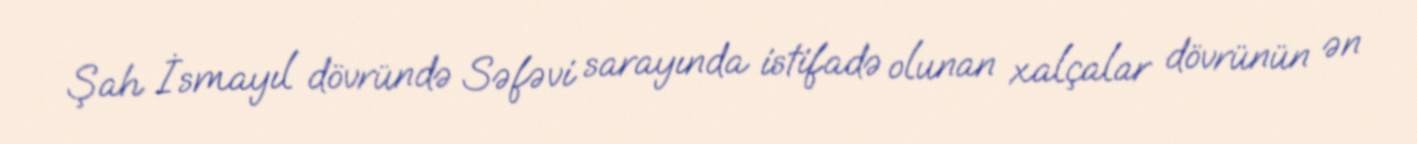
Şah İsmayıl dövründə Səfəvi sarayında istifadə olunan xalçalar dövrünün ən